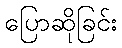
ပြောဆိုခြင်း